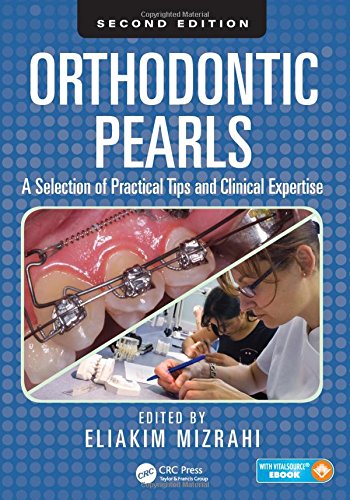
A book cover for Orthodontic Pearls: A Selection of Practical Tips and Clinical Expertise, Second Edition; Medical Books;